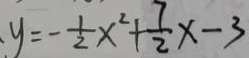
y = - \frac { 1 } { 2 } x ^ { 2 } + \frac { 7 } { 2 } x - 3